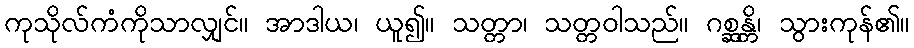
ကုသိုလ်ကံကိုသာလျှင်။ အာဒါယ၊ ယူ၍။ သတ္တာ၊ သတ္တဝါသည်။ ဂစ္ဆန္တိ၊ သွားကုန်၏။